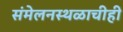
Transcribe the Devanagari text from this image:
संमेलनस्थळाचीही